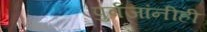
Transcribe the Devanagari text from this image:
पुर्वजांनीही